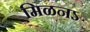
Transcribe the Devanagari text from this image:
मिळनऽ